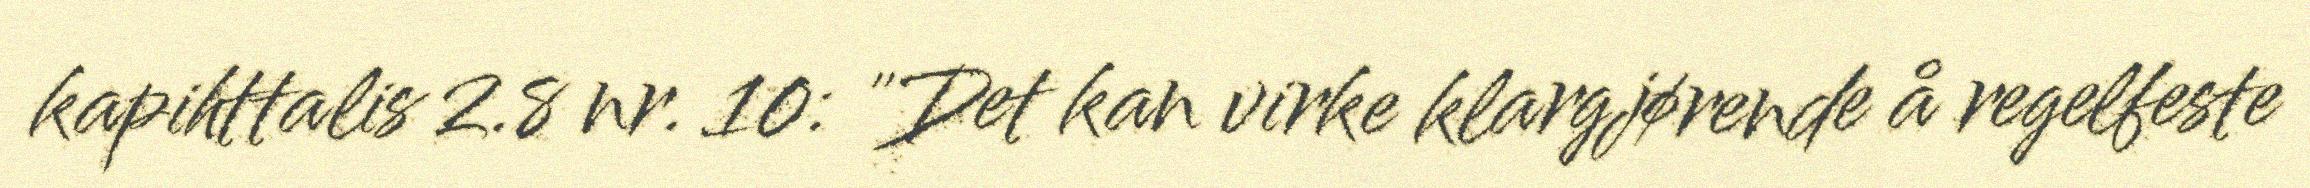
kapihttalis 2.8 nr. 10: "Det kan virke klargjørende å regelfeste